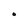
Character: O